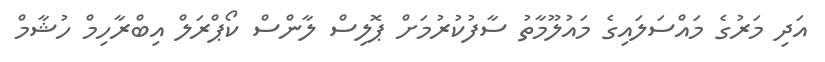
އަދި މަރުގެ މައްސަލައިގެ މައުލޫމާތު ސާފުކުރުމަށް ޕޮލިސް ލާންސް ކޯޕްރަލް އިބްރާހިމް ހުޝާމް